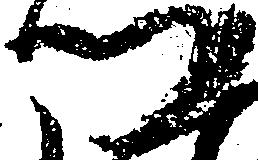
つ